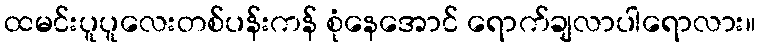
ထမင်းပူပူလေးတစ်ပန်းကန် စုံနေအောင် ရောက်ချလာပါရောလား။